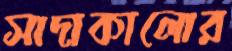
সাদাকালোর